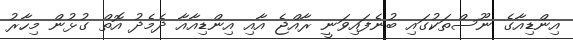
އިންޑިއާގެ ނޫސްތަކުގައި ބުނެފައިވަނީ ރާއްޖެ އާއި އިންޑިއާއާ ދެމެދު އޮތް ގުޅުން މިހާރު